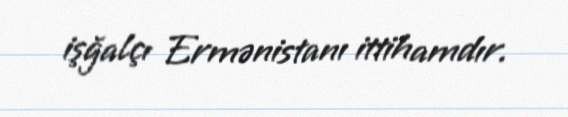
işğalçı Ermənistanı ittihamdır.